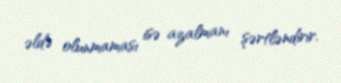
əldə olunmaması isə azalmanı şərtləndirir.